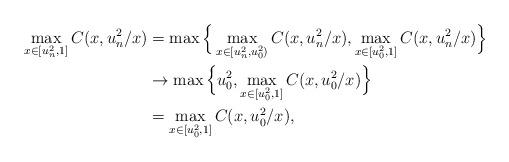
LaTeX: \begin{align*}\max_{x\in [u_n^2,1]}C(x,u_n^2/x)&=\max \Big \{ \max_{x\in [u_n^2,u_0^2)}C(x,u_n^2/x),\max_{x\in[u_0^2,1]}C(x,u_n^2/x) \Big \}\\&\to\max \Big \{ u_0^2,\max_{x\in[u_0^2,1]}C(x,u_0^2/x) \Big \}\\&= \max_{x\in [u_0^2,1]}C(x,u_0^2/x),\end{align*}